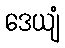
ဒေယျံ